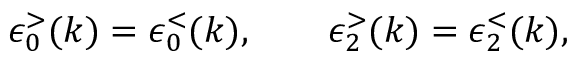
\epsilon _ { 0 } ^ { > } ( k ) = \epsilon _ { 0 } ^ { < } ( k ) , \qquad \epsilon _ { 2 } ^ { > } ( k ) = \epsilon _ { 2 } ^ { < } ( k ) ,